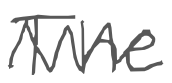
Text: The
Cross-out: zig-zag
Writing tool: digital_gray